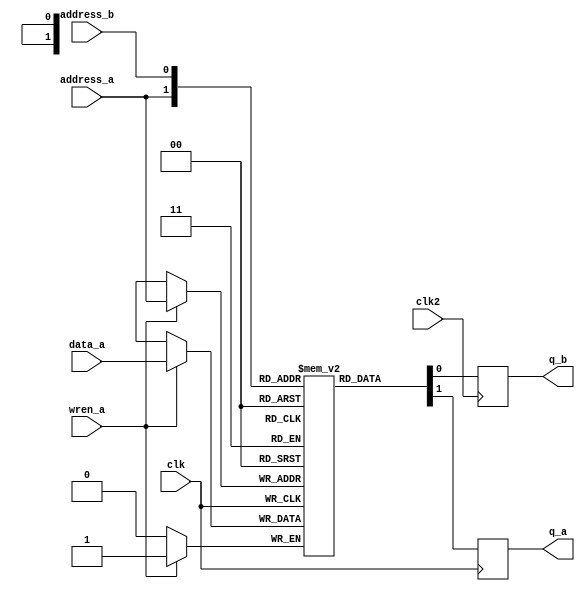
module simple_biclk_bidir_ram
  #(parameter width = 1,
    parameter widthad = 1)

    (
     input                  clk,

     input [widthad-1:0]    address_a,
     input                  wren_a,
     input [width-1:0]      data_a,
     output reg [width-1:0] q_a,

     input                  clk2,
     input [widthad-1:0]    address_b,
     output reg [width-1:0] q_b
     );

    reg [width-1:0]         mem [(2**widthad)-1:0];

    always @(posedge clk) begin
        if(wren_a) mem[address_a] <= data_a;

        q_a <= mem[address_a];
    end

    always @(posedge clk2) begin
        q_b <= mem[address_b];
    end

endmodule